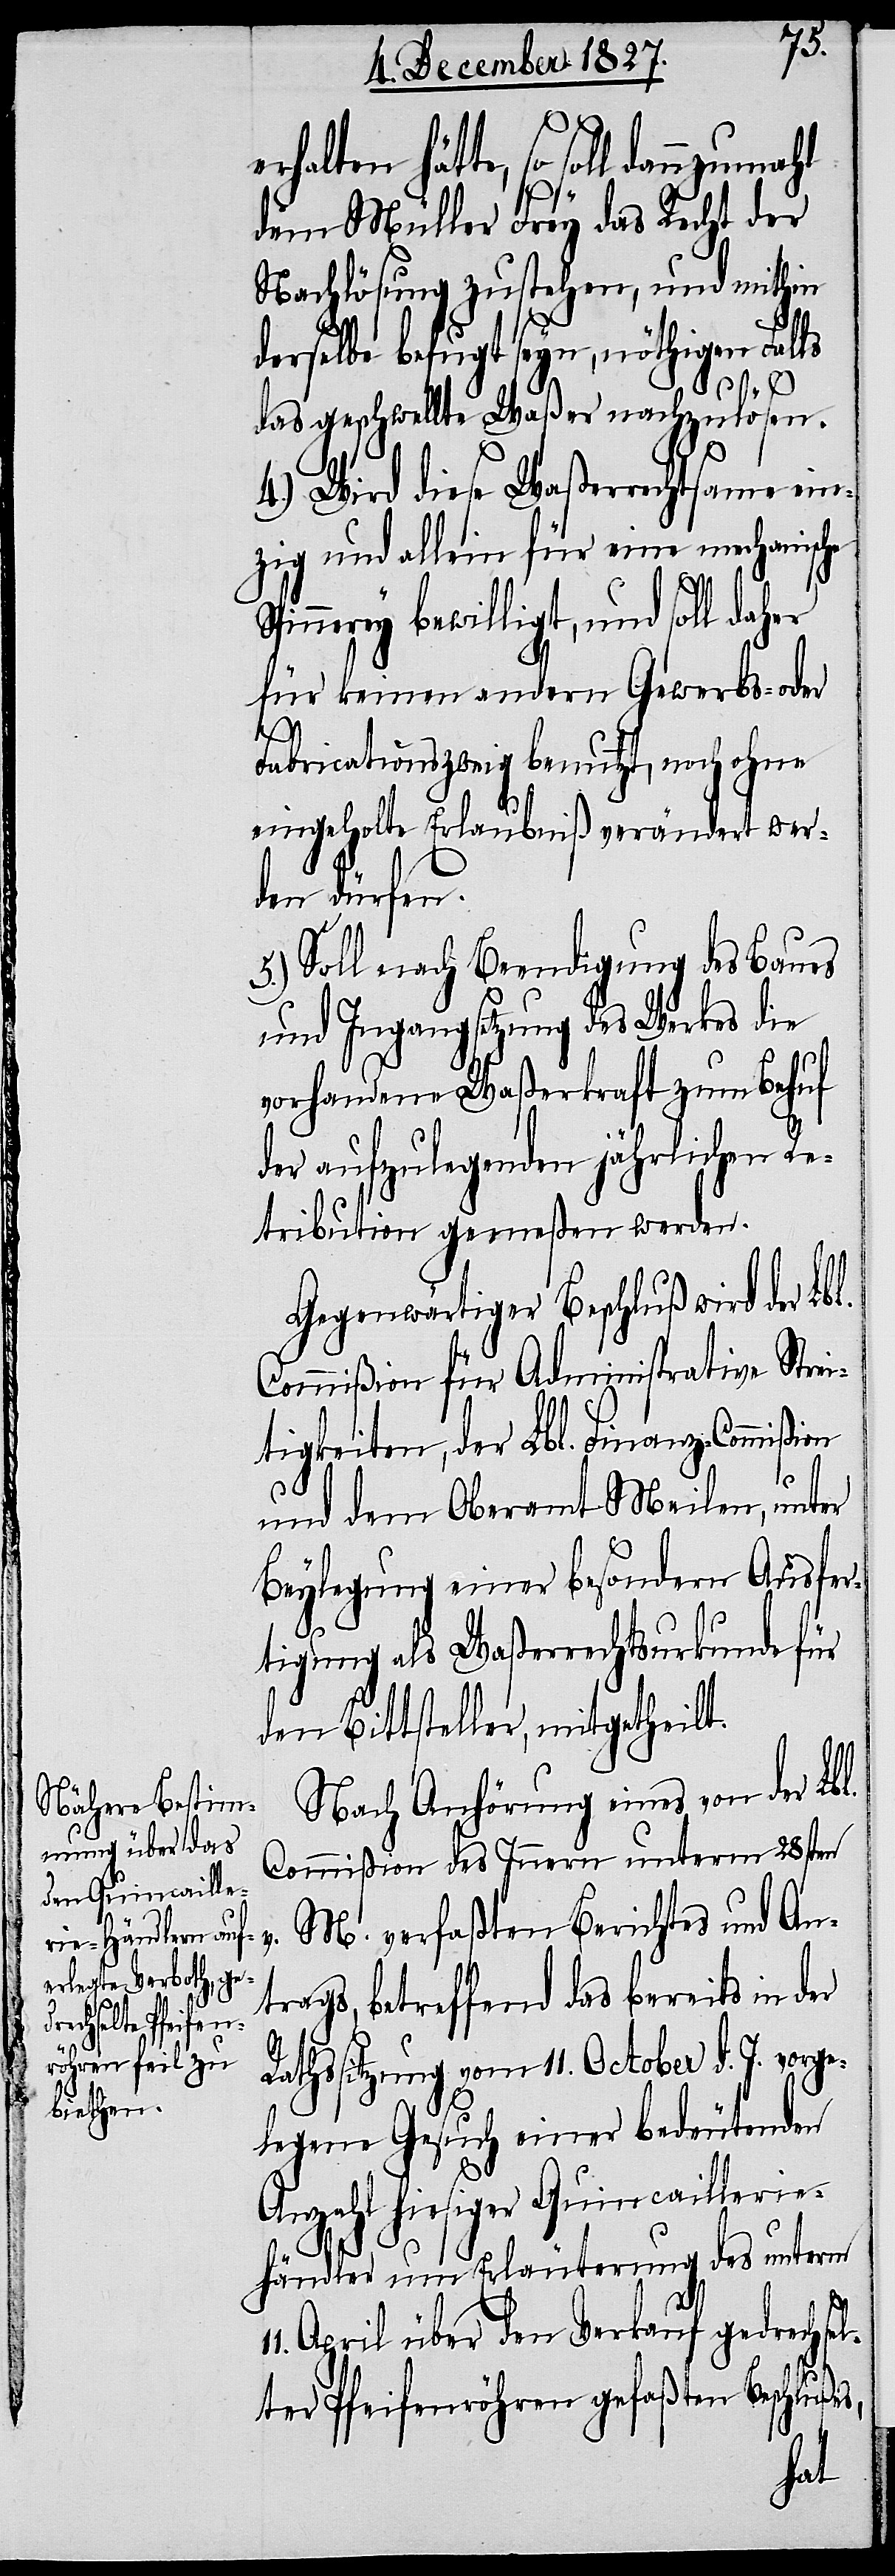
11.
hätte, so soll dannzumahl
dem Müller Frey das Recht der
Nachlösung zustehen, und mithin
derselbe befugt seyn, nöthigen Falls
das geschwellte Waßer nachzulösen.
4.) Wird diese Waßerrechtsame ein¬
zig und allein für eine mechanische
innerey bewilligt, und soll daher
für keinen andern Gewerbs- oder
Sp¬
Fabricationszweig benutzt, noch ohne
l.
eingeholte Erlaubniß verändert wer¬
den dürfen.
5.) Soll nach Beendigung des Baues
und Ingangsetzung des Werkes die
s,
vorhandene Waßerkraft zum Behuf
der aufzulegenden jährlichen Re¬
tribution gemeßen werden.
Gegenwärtiger Beschluß wird der Lb¬
Commißion für Administrative Strei¬
tigkeiten, der Lbl. Finanz-Commißion
und dem Oberamt Meilen, unter
Beylegung einer besondern Ausfer¬
tigung als Waßerrechtsurkunde für
den Bittsteller, mitgetheilt.
Nach Anhörung eines von der Lbl.
Commißion des Innern unterm 28sten
M. verfaßten Berichtes und An¬
trags, betreffend das bereits in der
erhalten
Rathssitzung vom 11. October d. J. vorge¬
legene Gesuch einer bedeutenden
Anzahl hiesiger Quincaillerie¬
händler um Erläuterung des unterm
April über den Verkauf gedrechse¬
lter Pfeifenröhren gefaßten Beschluße¬